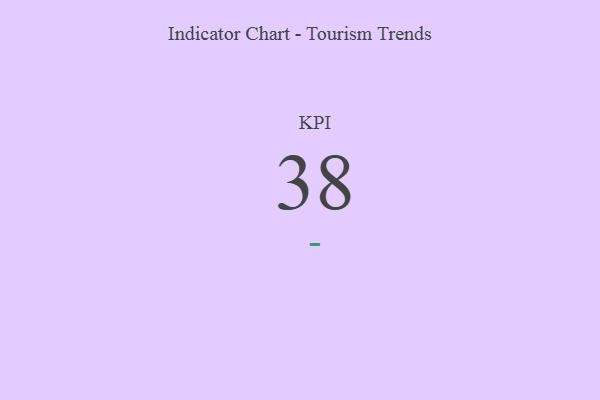
{"axis": {"x": "KPI", "y": "Value"}, "legend": [""], "data": [{"x": "KPI", "y": 38, "type": ""}]}